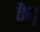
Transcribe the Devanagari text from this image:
कैदू